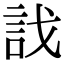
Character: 𧥾